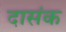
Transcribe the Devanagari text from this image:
दासंक